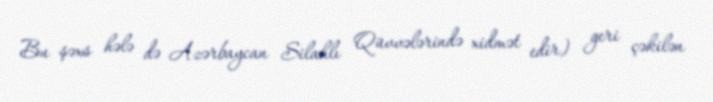
Bu şəxs hələ də Azərbaycan Silahlı Qüvvələrində xidmət edir) geri çəkilən